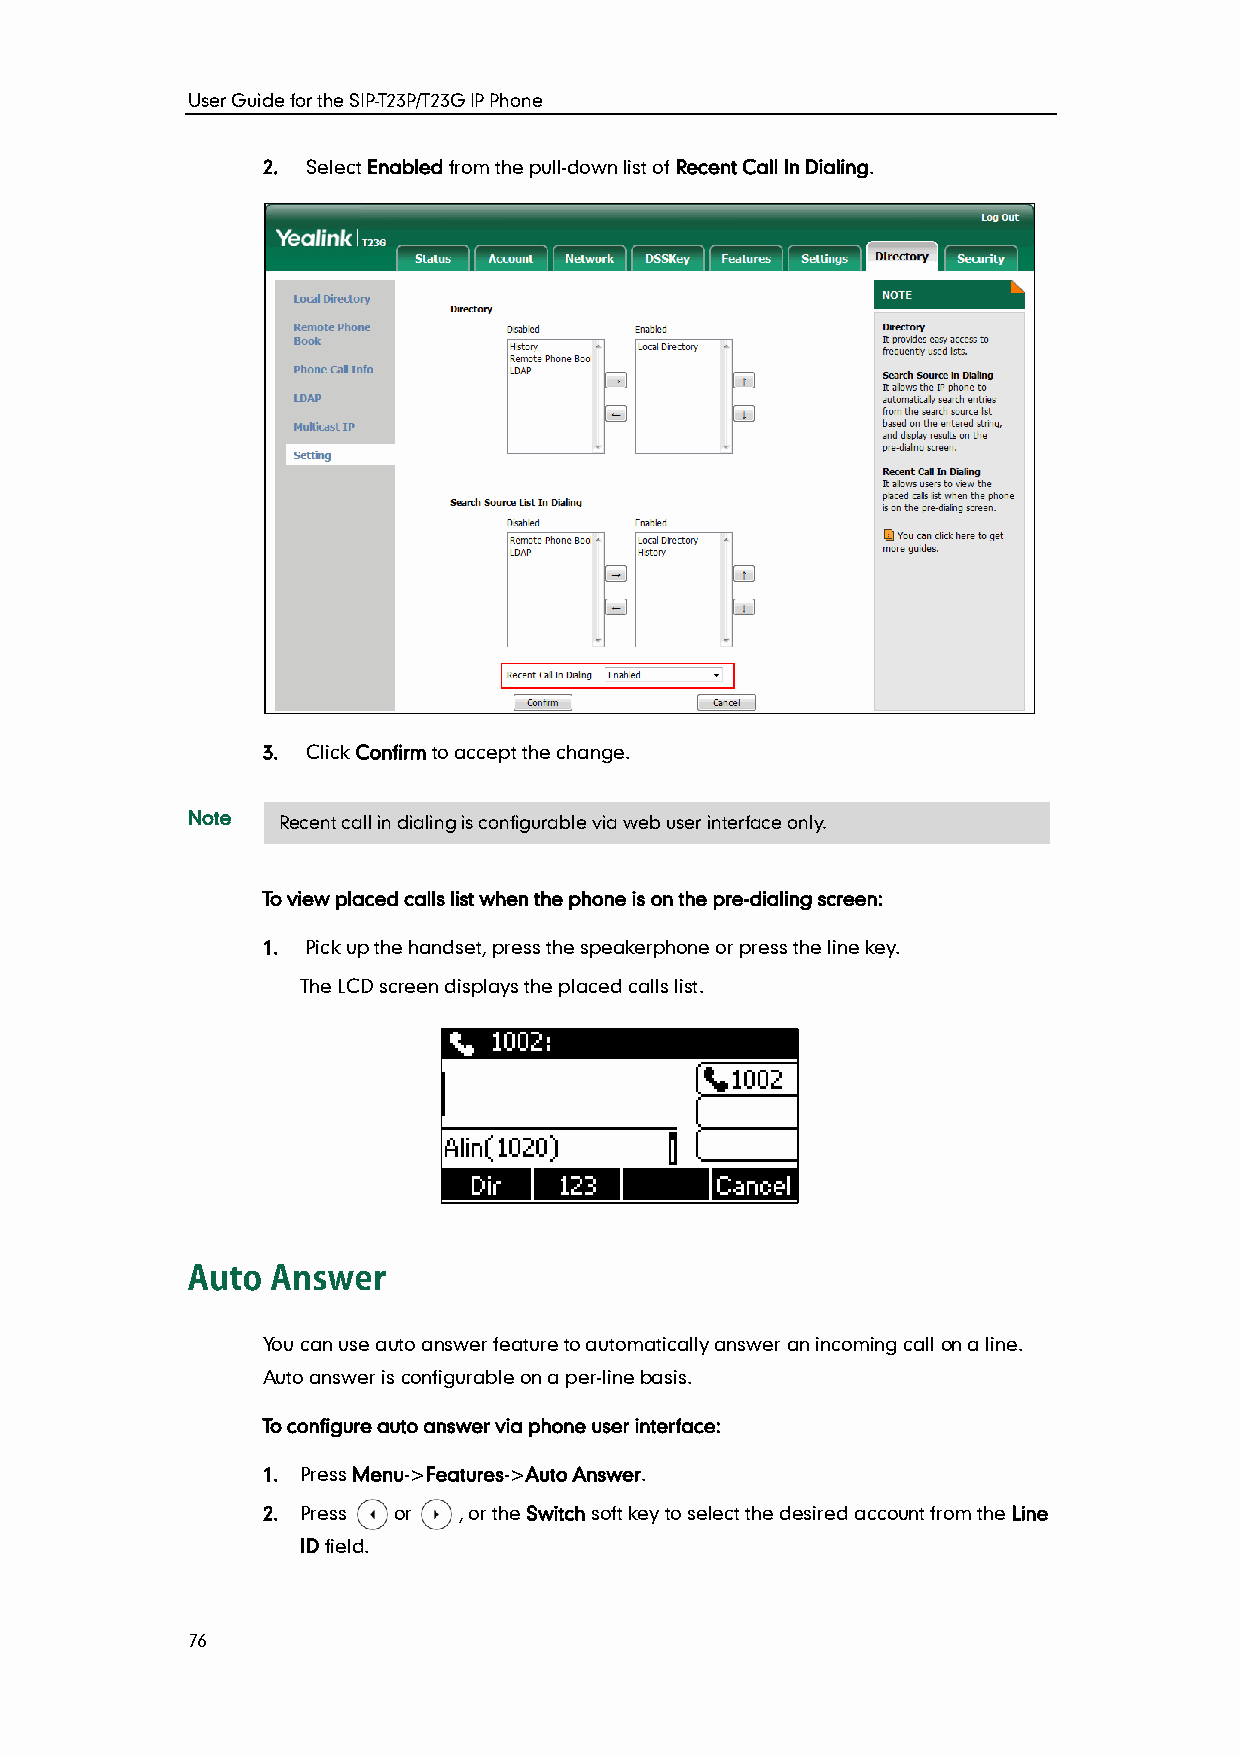
User Guide for the SIP-T23P/T23G IP Phone
 2. Select Enabled from the pull-down list of Recent Call In Dialing.
 3. Click Confirm to accept the change.
 Note  Recent call in dialing is configurable via web user interface only.
 To view placed calls list when the phone is on the pre-dialing screen:
 1. Pick up the handset, press the speakerphone or press the line key.
 The LCD screen displays the placed calls list.
 You can use auto answer feature to automatically answer an incoming call on a line.
 Auto answer is configurable on a per-line basis.
 To configure auto answer via phone user interface:
 1. Press Menu->Features->Auto Answer.
 2. Press or  , or the Switch soft key to select the desired account from the Line
 ID field.
 76